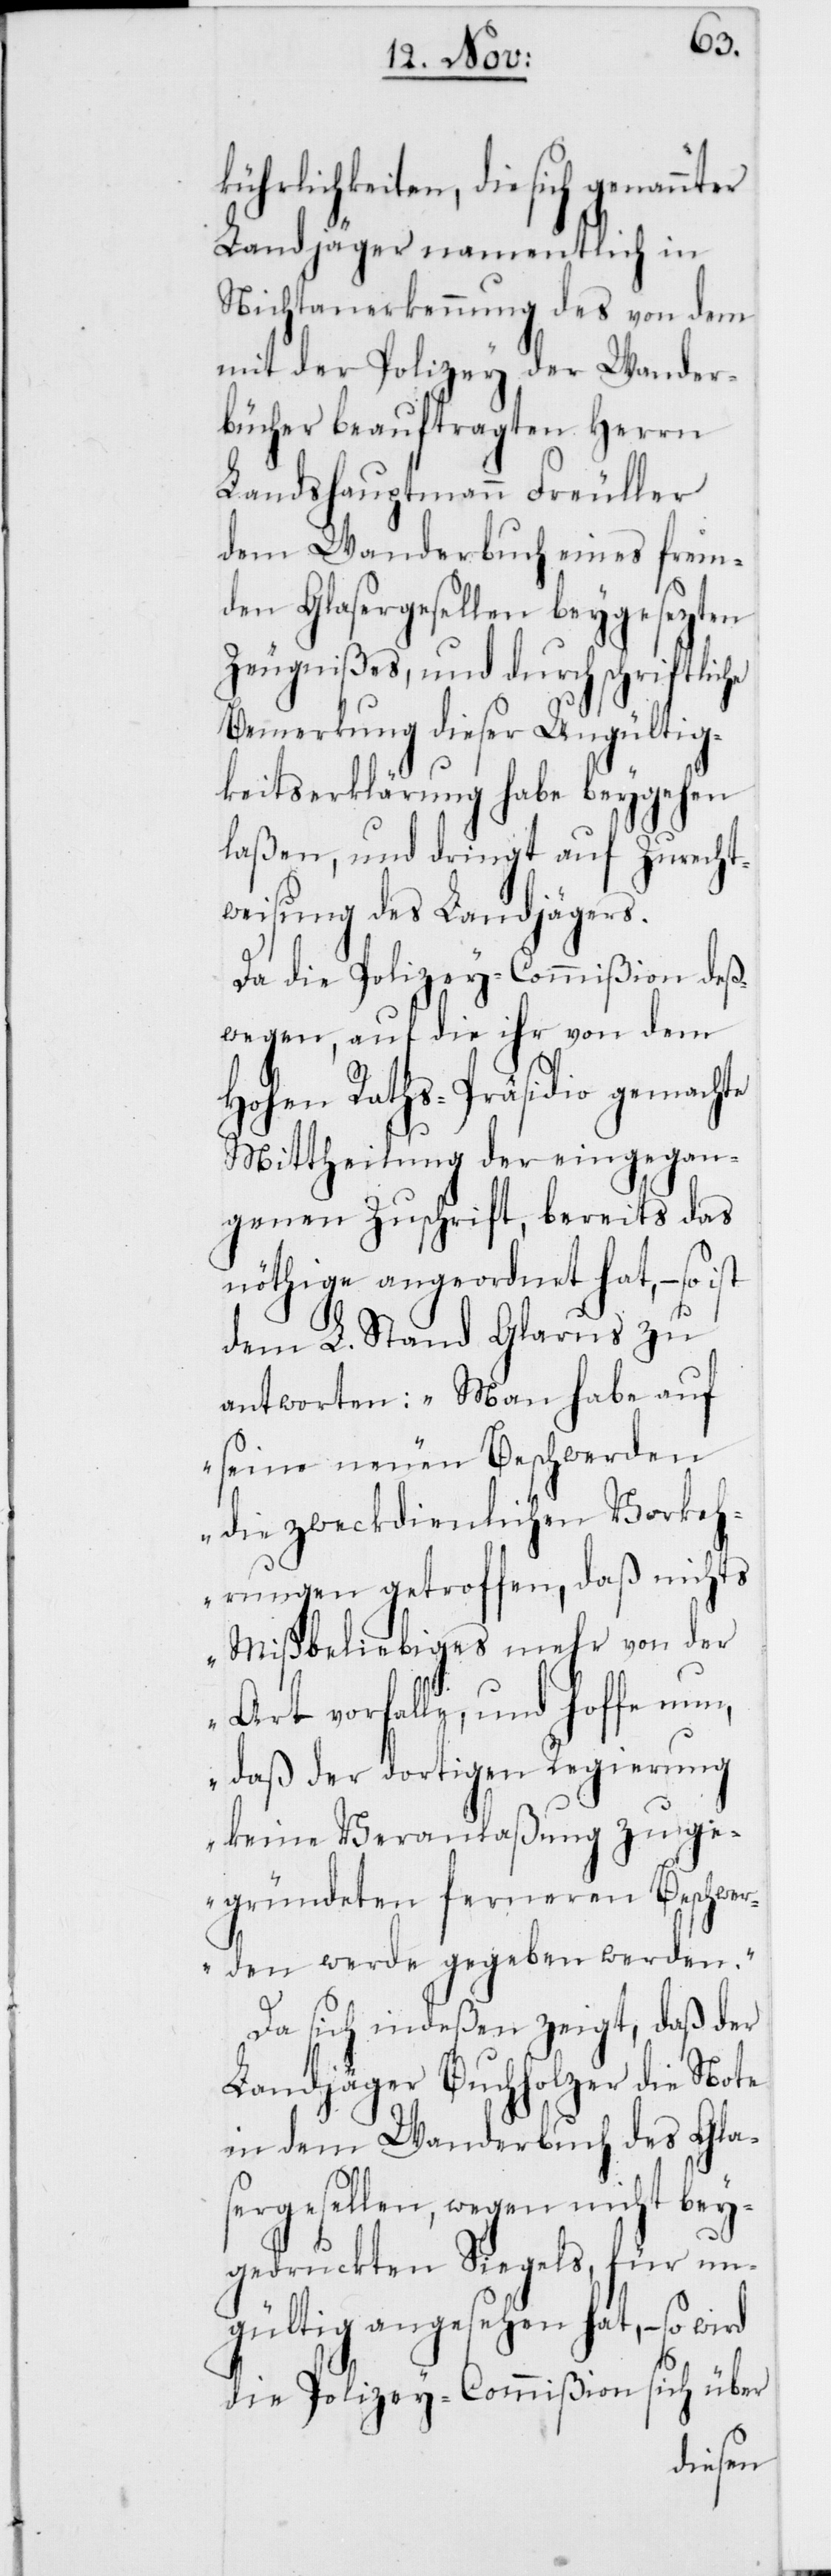
kührlichkeiten, die sich genannter
Landjäger namentlich in
Nichtanerkennung des von dem
mit der Polizey der Wander¬
bücher beauftragten Herrn
Landshauptmann Freuller
dem Wanderbuch eines frem¬
den Glasergesellen beygesezten
Zeugnißes, und durch schriftliche
Bemerkung dieser Ungültig¬
keitserklärung habe beygehen
laßen, und dringt auf Zurecht¬
weisung des Landjägers.
Da die Polizey-Commißion deß¬
wegen, auf die ihr von dem
Hohen Raths-Präsidio gemachte
Mittheilung der eingegan¬
genen Zuschrift, bereits das
nöthige angeordnet hat, – so ist
dem L. Stand Glarus zu
antworten: „Man habe auf
seine neuen Beschwerden
die zweckdienlichen Vorkeh¬
rungen getroffen, daß nichts
Mißbeliebiges mehr von der
Art vorfalle, und hoffe nun,
daß der dortigen Regierung
keine Veranlaßung zu ge¬
gründeten ferneren Beschwer¬
den werde gegeben werden.“
Da sich indeßen zeigt, daß der
Landjäger Buchholzer die Note
in dem Wanderbuch des Gla¬
sergesellen, wegen nicht bey¬
gedruckten Siegels, für un¬
gültig angesehen hat, – so wird
die Polizey-Commißion sich über